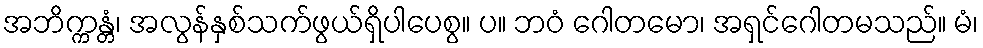
အဘိက္ကန္တံ၊ အလွန်နှစ်သက်ဖွယ်ရှိပါပေစွ။ ပ။ ဘဝံ ဂေါတမော၊ အရှင်ဂေါတမသည်။ မံ၊